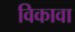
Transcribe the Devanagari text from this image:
विकावा